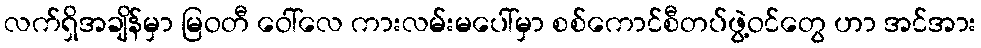
လက်ရှိအချိန်မှာ မြဝတီ ဝေါ်လေ ကားလမ်းမပေါ်မှာ စစ်ကောင်စီတပ်ဖွဲ့ဝင်တွေ ဟာ အင်အား